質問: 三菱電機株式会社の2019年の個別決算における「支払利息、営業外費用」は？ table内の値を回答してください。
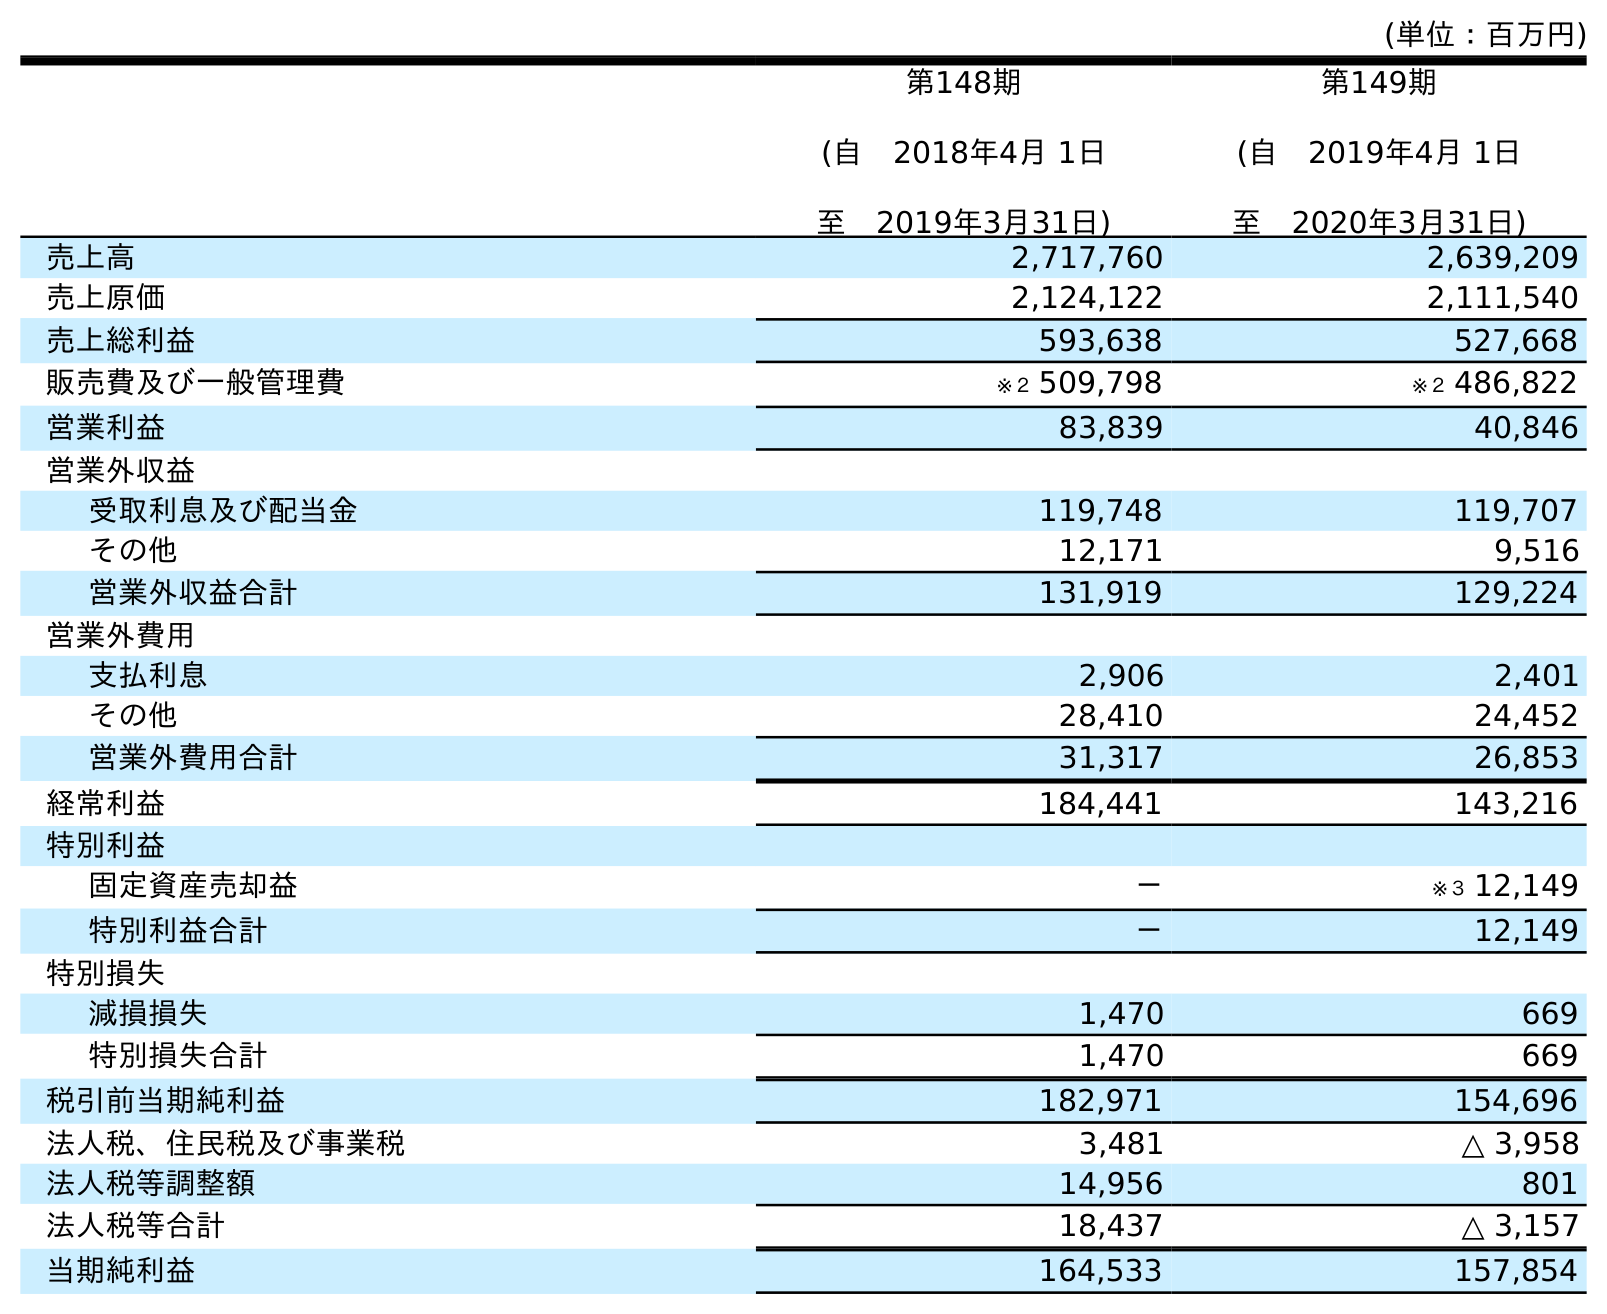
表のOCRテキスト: (単位：百万円) 第148期 (自 2018年4月 1日 至 2019年3月31日) 第149期 (自 2019年4月 1日 至 2020年3月31日) 売上高 2,717,760 2,639,209 売上原価 2,124,122 2,111,540 売上総利益 593,638 527,668 販売費及び一般管理費 ※２ 509,798 ※２ 486,822 営業利益 83,839 40,846 営業外収益 受取利息及び配当金 119,748 119,707 その他 12,171 9,516 営業外収益合計 131,919 129,224 営業外費用 支払利息 2,906 2,401 その他 28,410 24,452 営業外費用合計 31,317 26,853 経常利益 184,441 143,216 特別利益 固定資産売却益 － ※３ 12,149 特別利益合計 － 12,149 特別損失 減損損失 1,470 669 特別損失合計 1,470 669 税引前当期純利益 182,971 154,696 法人税、住民税及び事業税 3,481 △ 3,958 法人税等調整額 14,956 801 法人税等合計 18,437 △ 3,157 当期純利益 164,533 157,854
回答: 2,906